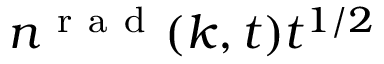
n ^ { \mathrm { ~ r ~ a ~ d ~ } } ( k , t ) t ^ { 1 / 2 }